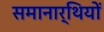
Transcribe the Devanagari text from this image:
समानार्थियों